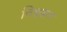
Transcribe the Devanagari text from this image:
विश्वसन